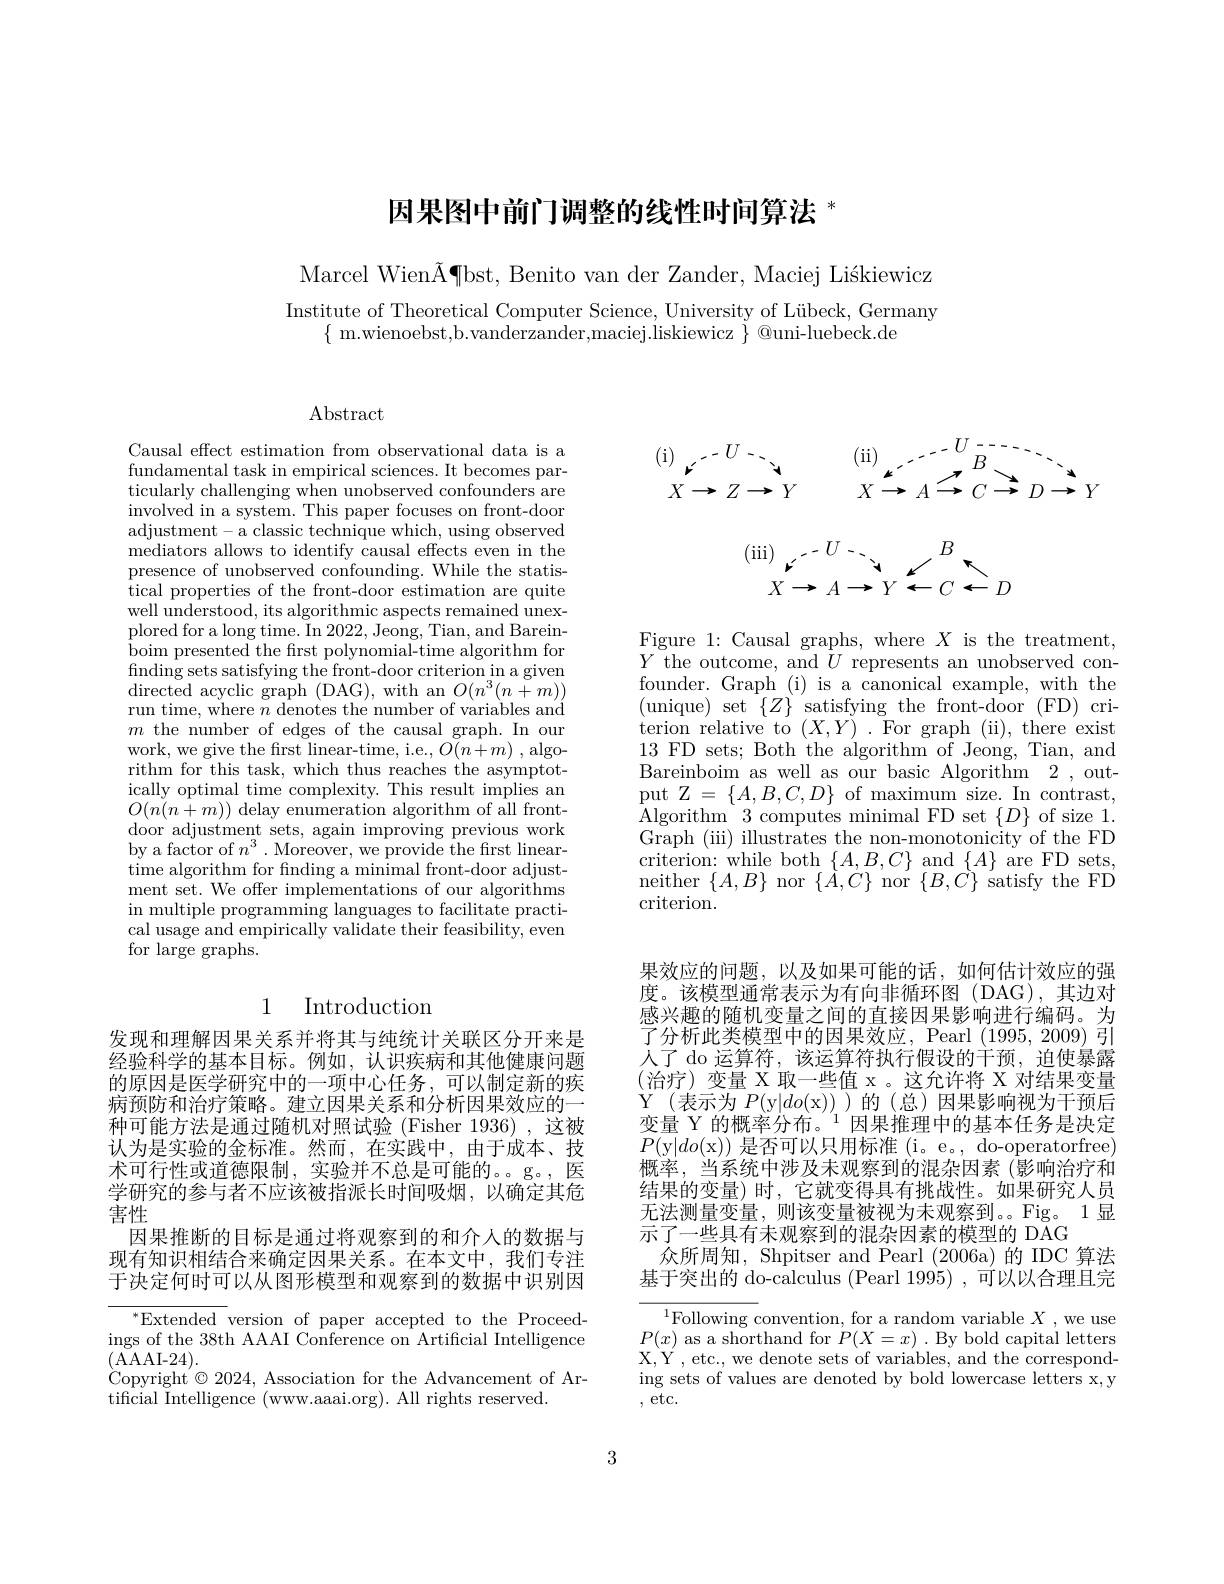
# 因果图中前门调整的线性时间算法$^*$

Marcel Wien$\tilde{\text{A¶bst, Benito van der Zander, Maciej Li\'{s}kiewicz}}$

Institute of Theoretical Computer Science, University of Lübeck, Germany
$\{$ m.wienoebst,b.vanderzander,maciej.liskiewicz $\}$ @uni-luebeck.de

Abstract

Causal effect estimation from observational data is a fundamental task in empirical sciences. It becomes particularly challenging when unobserved confounders are involved in a system. This paper focuses on front-door adjustment-a classic technique which, using observed mediators allows to identify causal effects even in the presence of unobserved confounding. While the statistical properties of the front-door estimation are quite well understood, its algorithmic aspects remained unexplored for a long time. In 2022, Jeong, Tian, and Bareinboim presented the frst polynomial-time algorithm for fnding sets satisfying the front- door criterion in a given $\operatorname*{directed}\underset{1}{\operatorname*{acyclic}}\overset{{\mathrm{graph}}}{\operatorname*{\operatorname*{\operatorname*{graph}}}}\left(\underset{1}{\operatorname*{DAG}}\right),\operatorname*{with}\underset{1}{\operatorname*{an}}O(n^{3}(n+m))$ run time, where $n$ denotes the number of variables and $m$ the number of edges of the causal graph. In our work, we give the first linear-time, i.e., $O(n+m)$ , algorithm for this task, which thus reaches the asymptotically optimal time complexity. This result implies an $O(n(\hat{n}+m))$ delay enumeration algorithm of all frontdoor adjustment sets, again improving previous work by a factor of $n^3.$ Moreover, we provide the first lineartime algorithm for finding a minimal front-door adjustment set. We offer implementations of our algorithms in multiple programming languages to facilitate practical usage and empirically validate their feasibility, even for large graphs.

## 1 Introduction

发现和理解因果关系并将其与纯统计关联区分开来是经验科学的基本目标。例如，认识疾病和其他健康问题的原因是医学研究中的一项中心任务，可以制定新的疾病预防和治疗策略。建立因果关系和分析因果效应的一种可能方法是通过随机对照试验(Fisher 1936),这被认为是实验的金标准。然而，在实践中，由于成本、技术可行性或道德限制，实验并不总是可能的。。g。,医学研究的参与者不应该被指派长时间吸烟，以确定其危害性
因果推断的目标是通过将观察到的和介人的数据与现有知识相结合来确定因果关系。在本文中，我们专注于决定何时可以从图形模型和观察到的数据中识别因

$^*$Extended version of paper accepted to the Proceedings of the 38th AAAI Conference on Artificial Intelligence (AAAI-24).
$\grave{\text{Copyright}}^{\prime}\odot2024$, Association for the Advancement of Ar-
tificial Intelligence (www.aaai.org). All rights reserved.
$$\overset{(\mathrm{i})}{\operatorname*{\underset{X\to Z\to Y}{\operatorname*{\longrightarrow}}}}\overset{U}{\operatorname*{\underset{X\to A\to C\to D\to Y}{\operatorname*{\overset{(\mathrm{ii})}{\operatorname*{\longrightarrow}}}}}}\overset{U}{\operatorname*{\underset{B}{\operatorname*{\overset{B}{\operatorname*{\longrightarrow}}}}}}\overset{U}{\operatorname*{\underset{D\to Y}{\operatorname*{\overset{B}{\operatorname*{\longrightarrow}}}}}}$$
$$\overset{{(\mathrm{iii})}}{\operatorname*{\operatorname*{\operatorname*{x\to A\to Y\leftarrow C\leftarrow D}}}}^{{(\mathrm{iii})}}\overset{-U}{\operatorname*{\operatorname*{\operatorname*{x\to A\to Y\leftarrow C\leftarrow D}}}}$$
Figure 1: Causal graphs, where $X$ is the treatment, $Y$ the outcome, and $U$ represents an unobserved confounder. Graph (i) is a canonical example, with the $\begin{array}{ll}{(\mathrm{unique})\mathrm{~set~}\{Z\}}&{\text{satisfying the front-door}(\mathrm{FD})\mathrm{~cri-}}\\{\mathrm{terion~relative~to~}(X,Y).\mathrm{~For~graph~(ii),~there~exist}}\\{13\mathrm{~FD~sets;~Both~the~algorithm~of~Jeong,~Tian,~and}}\end{array}$ Bareinboim as well as our basic Algorithm 2 ,output Z$=\{A,B,C,D\}$ of maximum size. In contrast, Algorithm 3computes minimal FD set $\{D\}$ of size 1. Graph (iii) illustrates the non-monotonicity of the FD criterion: while both $\{A,B,C\}$ and $\{A\}$ are FD sets, neither$\{A,B\}$nor$\{\dot{A},\dot{C}\}$nor$\{B,\dot{C}\}$satisfy the FD criterion.

果效应的问题，以及如果可能的话，如何估计效应的强度。该模型通常表示为有向非循环图(DAG),其边对感兴趣的随机变量之间的直接因果影响进行编码。为了分析此类模型中的因果效应，Pearl (1995,2009) 引人了 do 运算符，该运算符执行假设的干预，迫使暴露(治疗)变量 X 取一些值 x。这允许将 X 对结果变量Y(表示为$P($y$|do($x))厂的(总)因果影响视为干预后变量 Y 的概率分布。$^{1}$因果推理中的基本任务是决定$P(\overline{\mathrm{y|}}do($x))是否可以只用标准 (i。e。, do-operatorfree) 概率，当系统中涉及未观察到的混杂因素(影响治疗和结果的变量)时，它就变得具有挑战性。如果研究人员无法测量变量，则该变量被视为未观察到。。Fig。1显示了一些具有未观察到的混杂因素的模型的 DAG
众所周知，Shpitser and Pearl (2006a) 的 IDC 算法基于突出的 do-calculus (Pearl 1995) ,可以以合理且完

${^{1}\text{Following convention, for a random variable }X}$,we use $P(x)$ as a shorthand for $P(X=x).$ By bold capital letters X, Y , etc. , we denote sets of variables, and the correspond- ing sets of values are denoted by bold lowercase letters x,y ,etc.

3